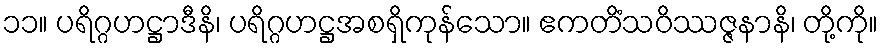
၁၁။ ပရိဂ္ဂဟဋ္ဌာဒီနိ၊ ပရိဂ္ဂဟဋ္ဌအစရှိကုန်သော။ ဧကတိံသဝိဿဇ္ဇနာနိ၊ တို့ကို။